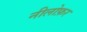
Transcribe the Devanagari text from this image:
नीलोफ़र